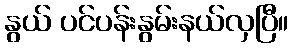
နွယ် ပင်ပန်းနွမ်းနယ်လှပြီ။